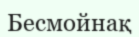
Бесмойнақ